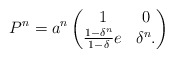
\begin{align*}P^n = a^n \begin{pmatrix}1 & 0 \\ \frac{1-\delta^n}{1-\delta}e & \delta^n.\end{pmatrix}\end{align*}